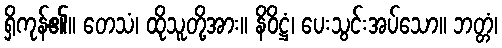
ရှိကုန်၏။ တေသံ၊ ထိုသူတို့အား။ နိဝိဋ္ဌံ၊ ပေးသွင်းအပ်သော။ ဘတ္တံ၊